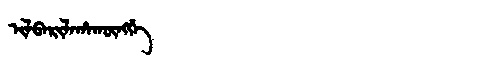
Manchu: ᡳᠯᠪᠠᡵᡳᠯᠠᡥᠠᡴᡡᠩᡤᡝ
Romanization: ILBARILAHAKŪNGGE